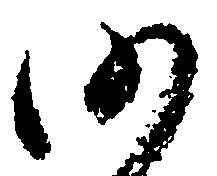
仍